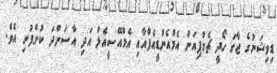
ޑިވިޝަނުގެ ޖާގަ ހޯދީ ޗެމްޕިއަން އެމްއެންޑީއެފްއާއި އެމްއޭސީއެލް އަދި އާސަންދަ ކުންފުނި އެވެ.